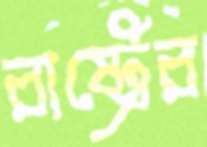
রাষ্ট্রের